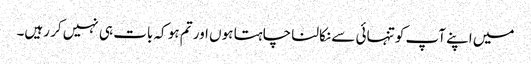
میں اپنے آپ کو تنہائی سے نکالنا چاہتا ہوں اور تم ہو کہ بات ہی نہیں کر رہیں۔